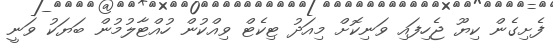
ފެށިގެން ކިޔޫ ޖެހިފައި ވަނިކޮށް މިއަދު ޓިކެޓް ވިއްކުން ހުއްޓާލުމުން ބަޔަކު ވަނީ